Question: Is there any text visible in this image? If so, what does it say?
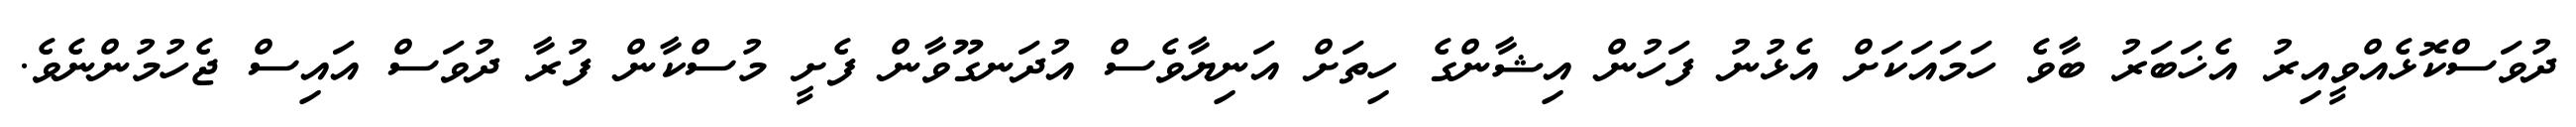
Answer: ދުވަސްކޮޅެއްވީއިރު އެޚަބަރު ބާވެ ހަމައަކަށް އެޅުނު ފަހުން އިޝާންގެ ހިތަށް އަނިޔާވެސް އުދަނގޫވާން ފެށީ މުސްކާން ފުރާ ދުވަސް އައިސް ޖެހުމުންނެވެ.